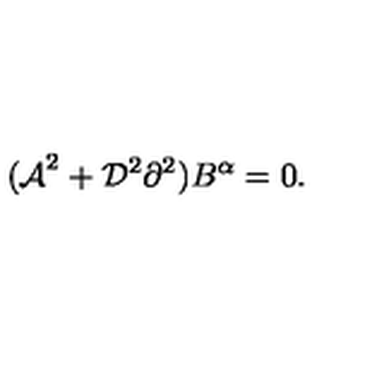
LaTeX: { ( \cal A } ^ { 2 } + { \cal D } ^ { 2 } \partial ^ { 2 } ) B ^ { \alpha } = 0 .